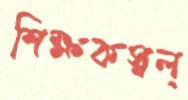
শিক্ষকস্বল্